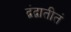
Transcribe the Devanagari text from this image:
द्वंद्वातीतं